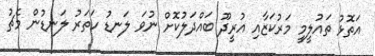
އަތޮޅު ތައުލީމީ މަރުކަޒާއި އުރީދޫ ބައްދަލުކޮށް ނުވަ ލަނޑު ހަތަރު ލަނޑުން މެޗު